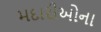
મદારીઓના